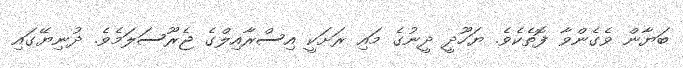
ބަޔާން ވެގެންވާ ފޮތެކެވެ. ޔަހޫދީ ދީނުގެ މައި ރަށަކީ އިސްރާއިލްގެ ޖެރޫސަލަމެވެ. ދުނިޔޭގައި